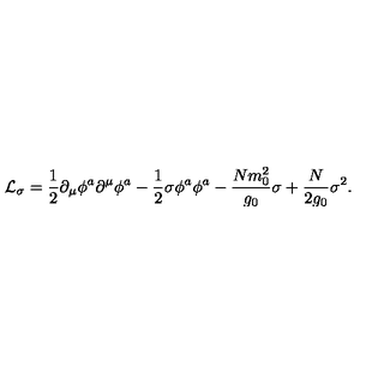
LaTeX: { \cal L } _ { \sigma } = { \frac { 1 } { 2 } } \partial _ { \mu } \phi ^ { a } \partial ^ { \mu } \phi ^ { a } - { \frac { 1 } { 2 } } \sigma \phi ^ { a } \phi ^ { a } - { \frac { N m _ { 0 } ^ { 2 } } { g _ { 0 } } } \sigma + { \frac { N } { 2 g _ { 0 } } } \sigma ^ { 2 } .